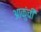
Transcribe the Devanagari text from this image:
आकुंची